Bréfritari: Sigríður Pálsdóttir
Viðtakandi: Páll Pálsson
Dagsetning: A-1869-02-01
Skrifað á: Breiðabólsstað  Rang.
Páll var bróðir Sigríðar

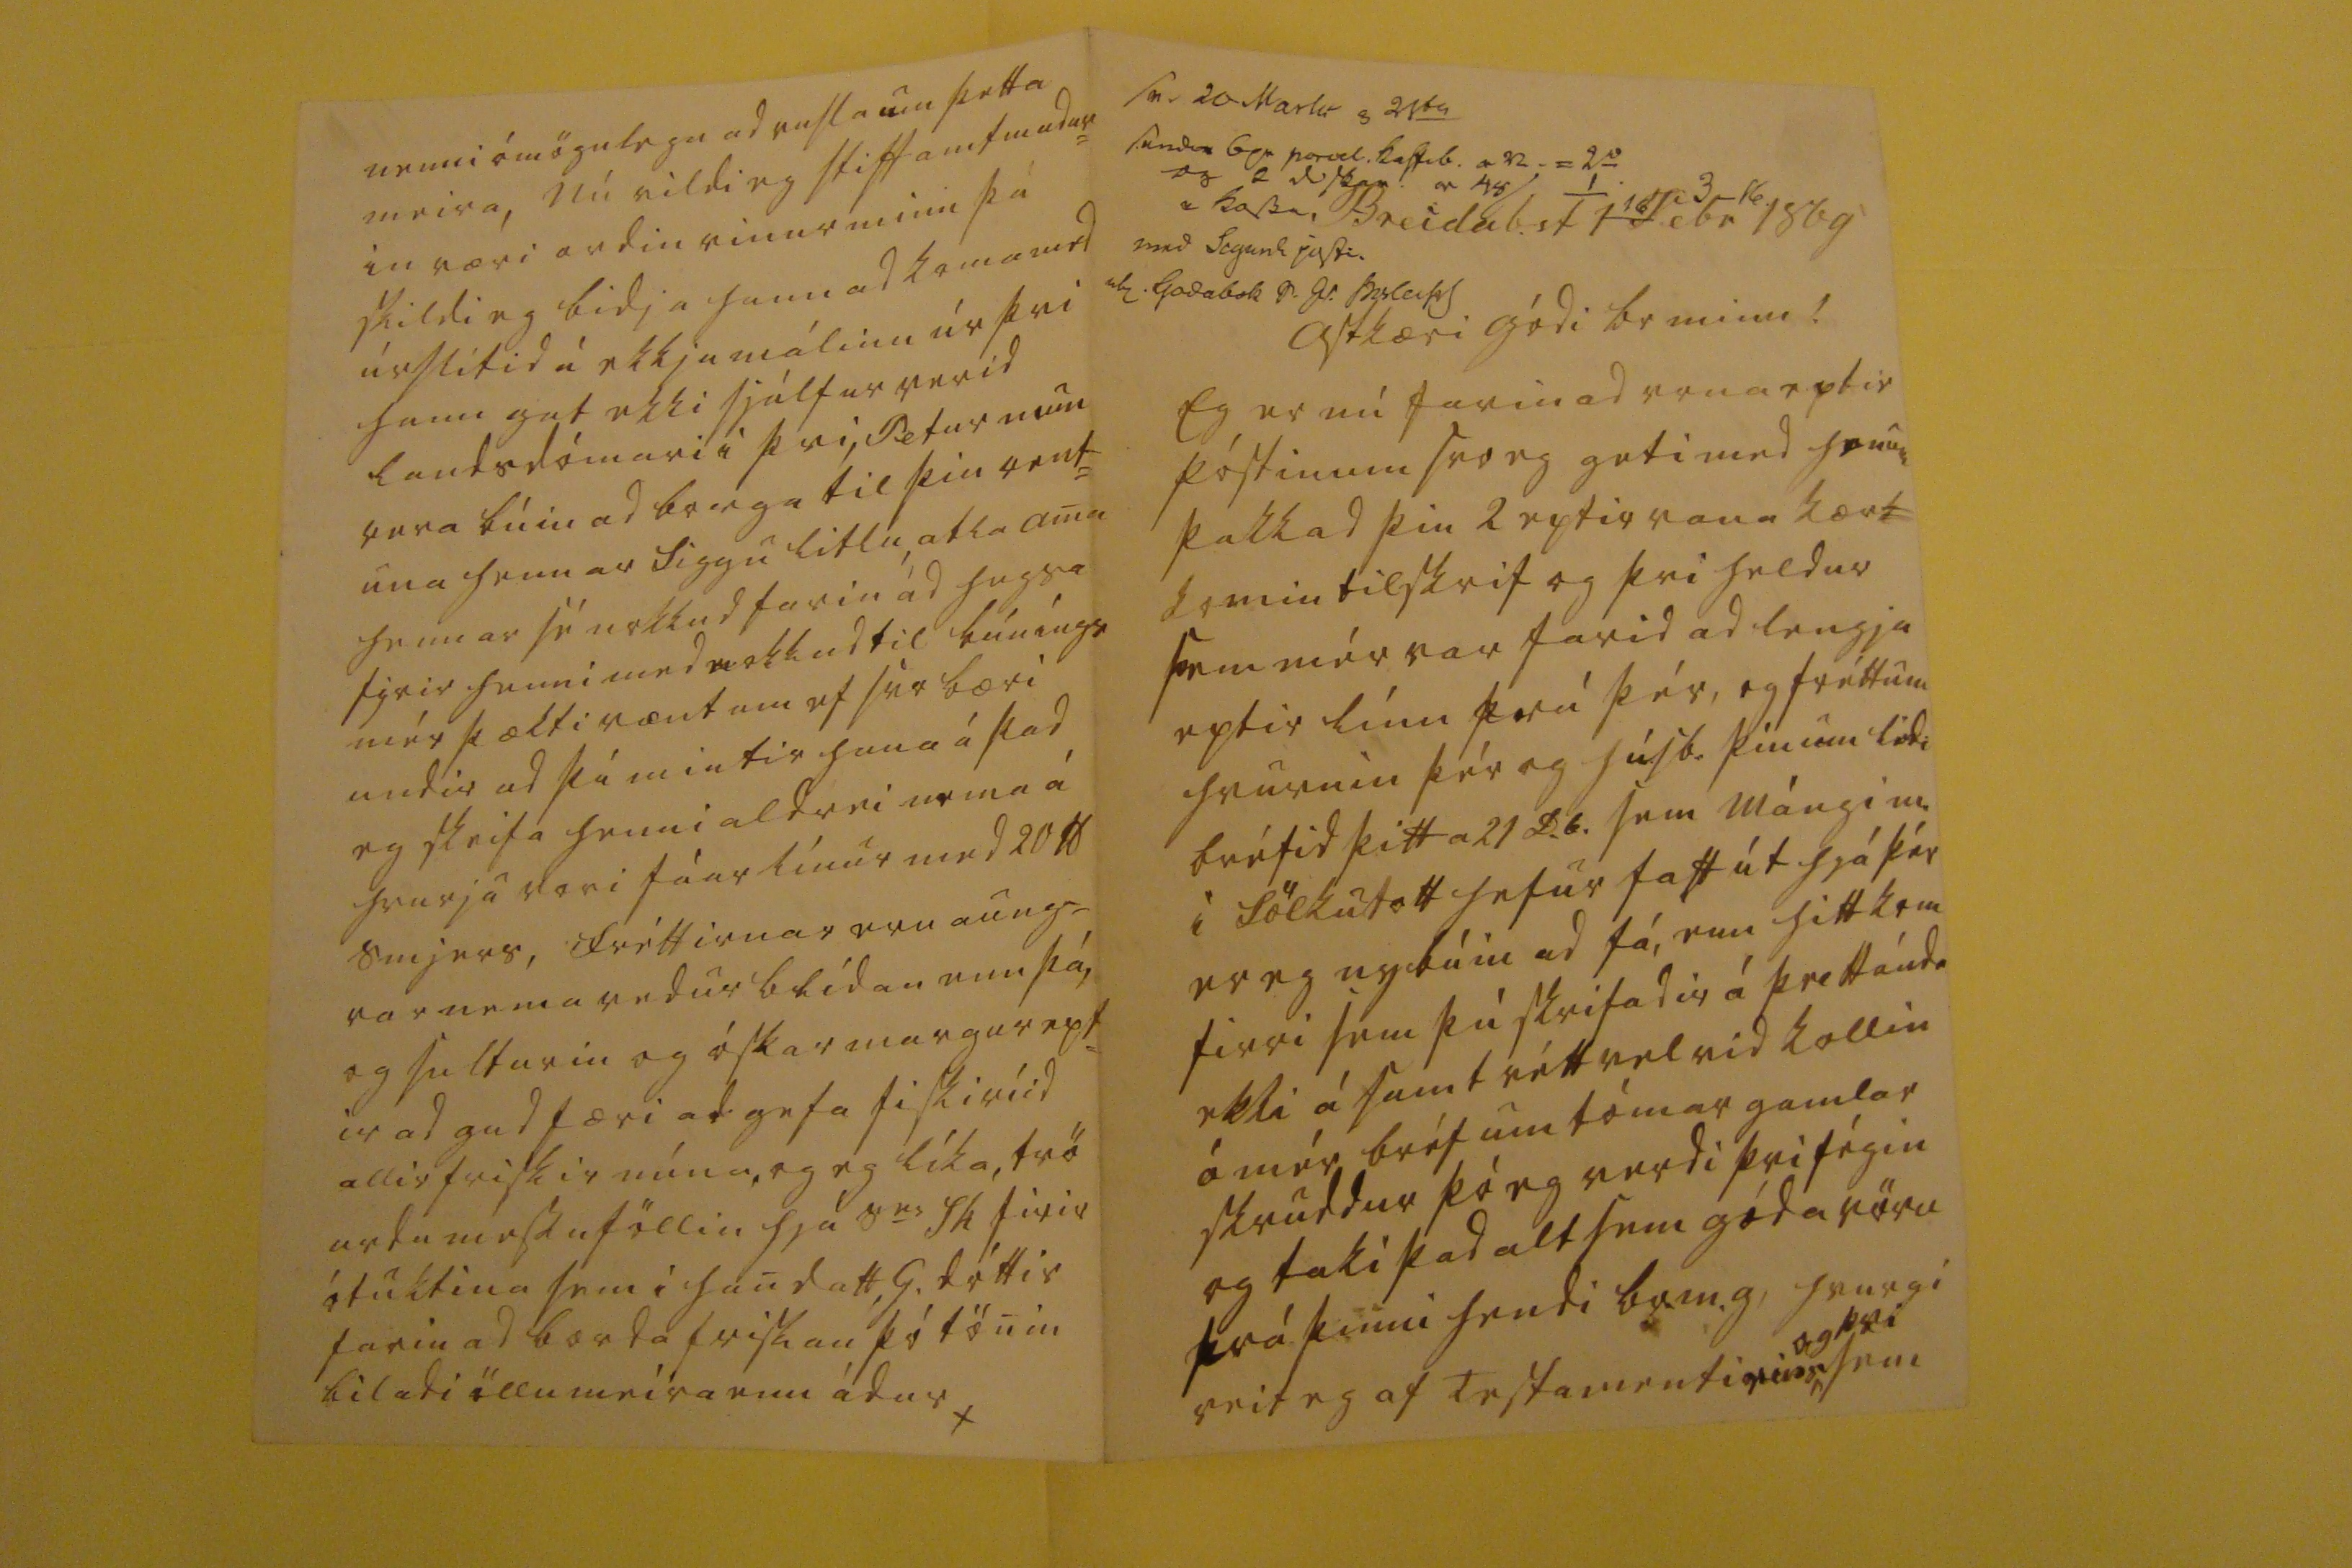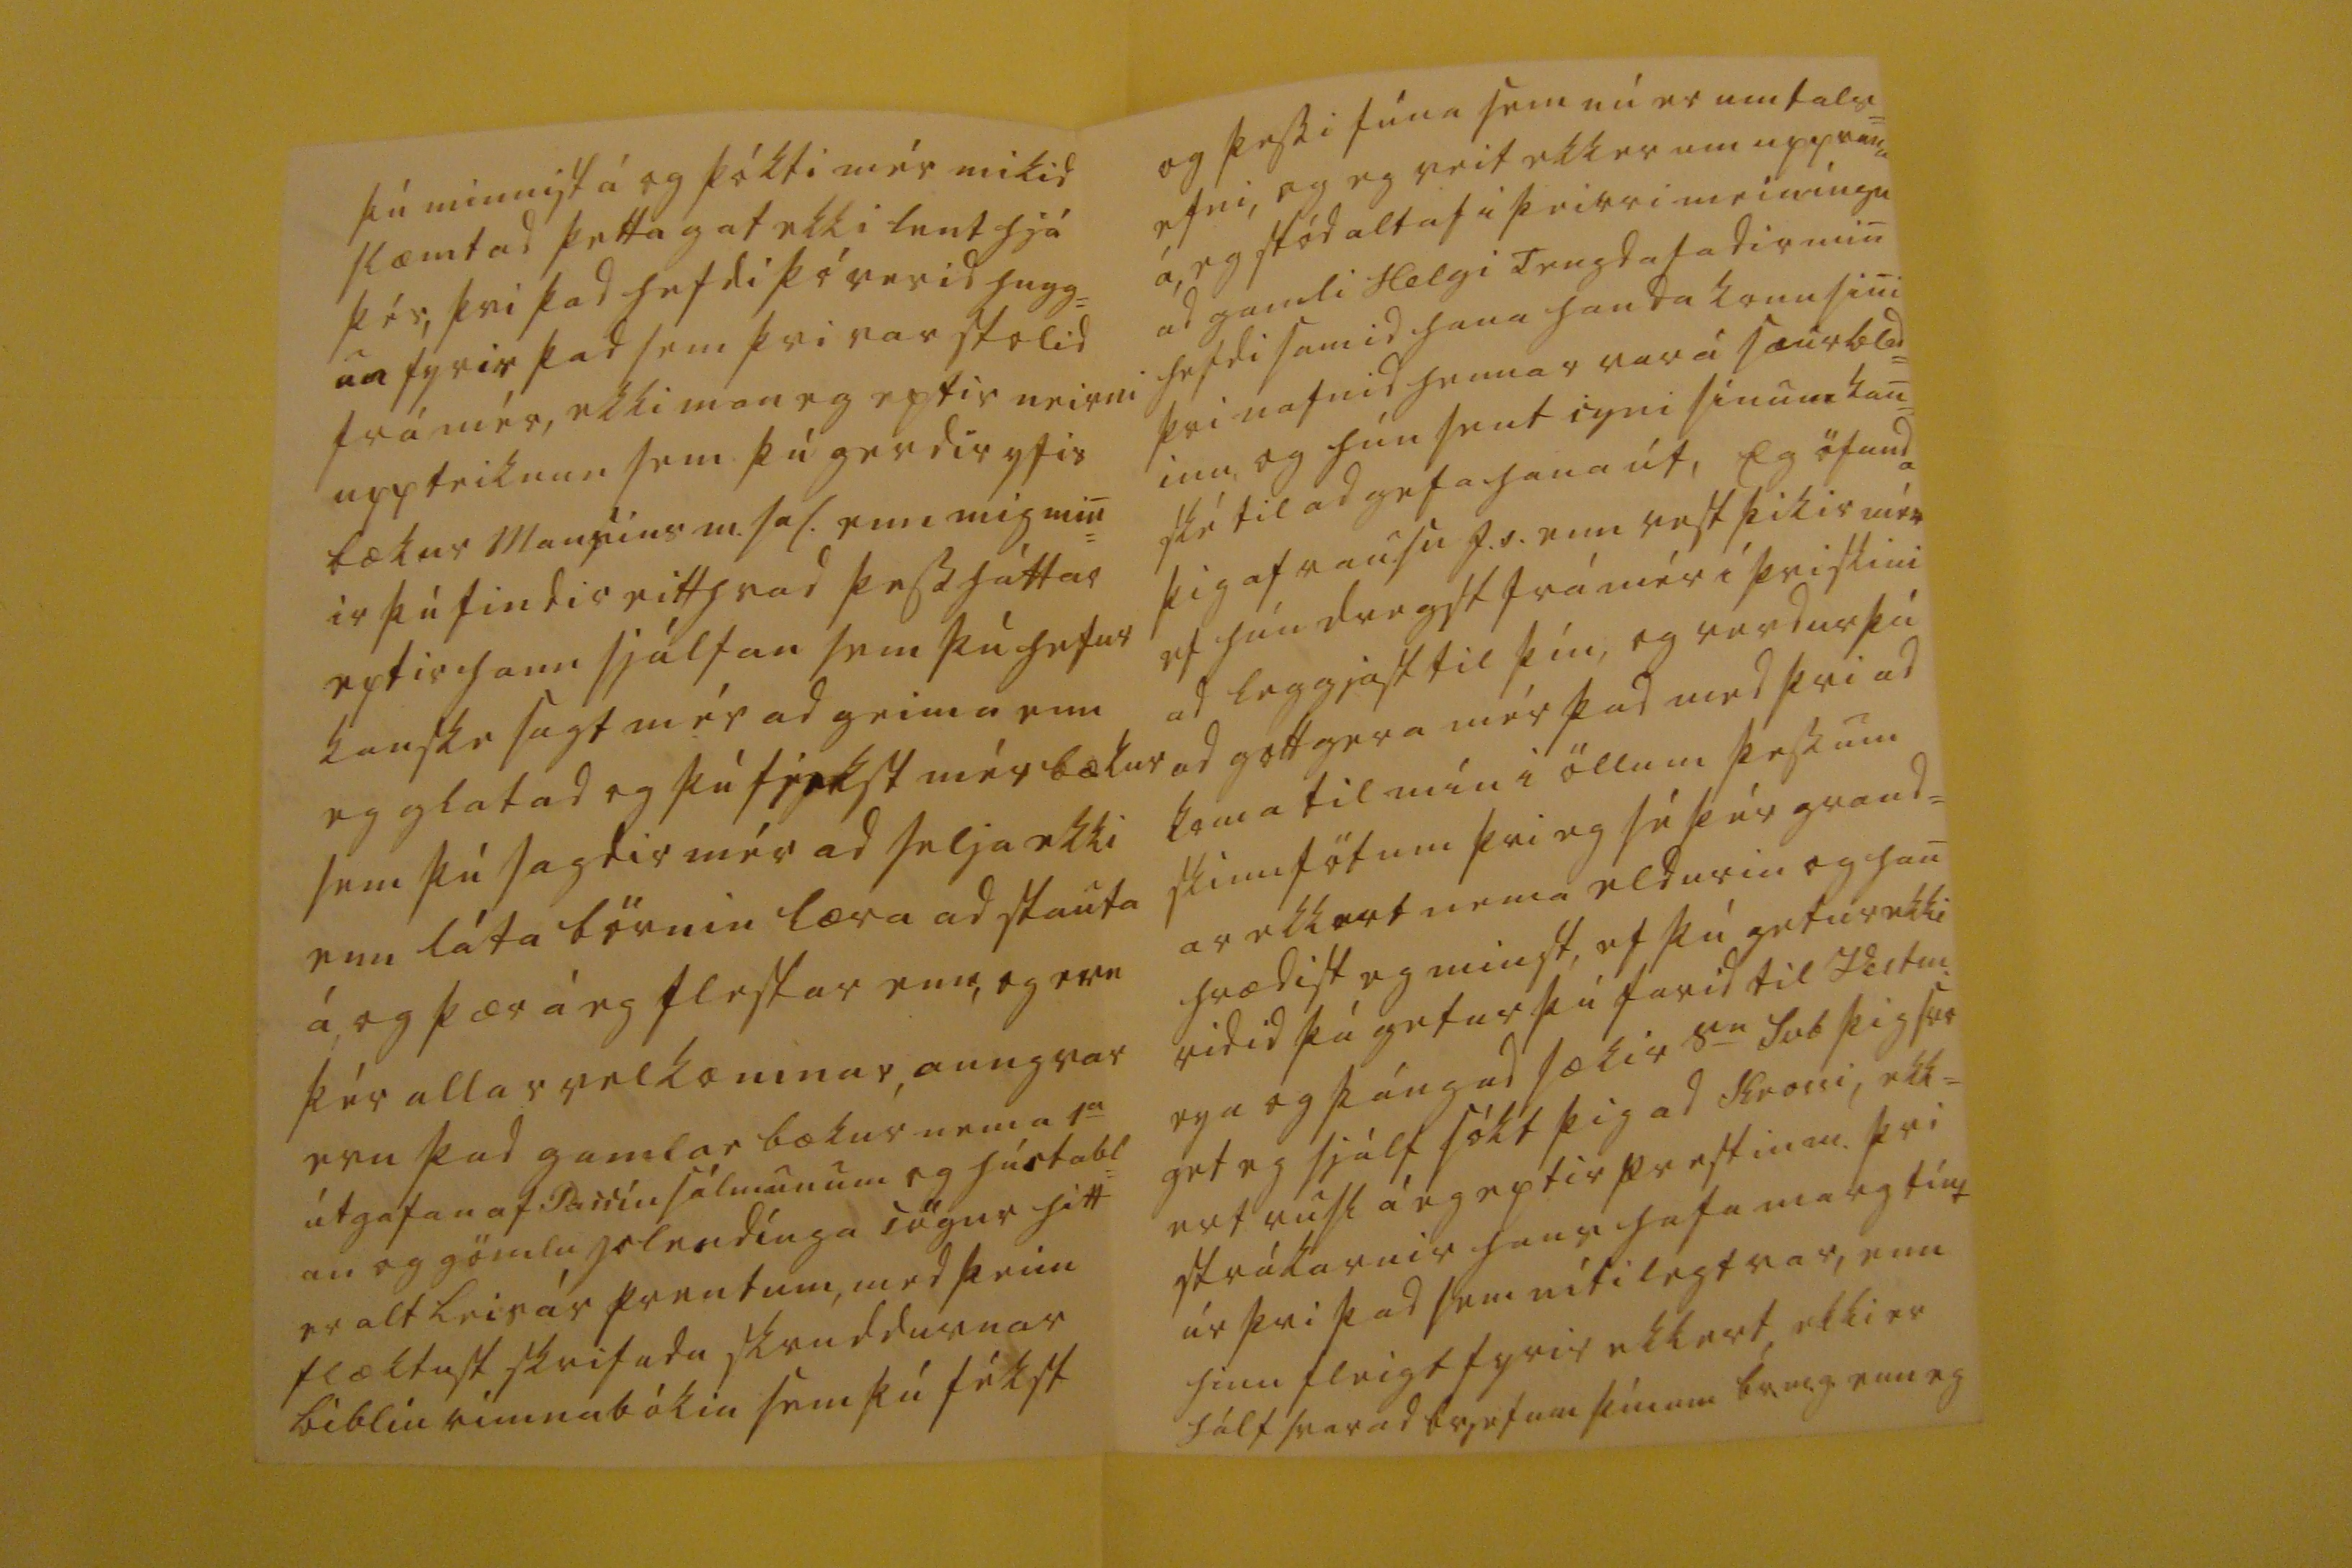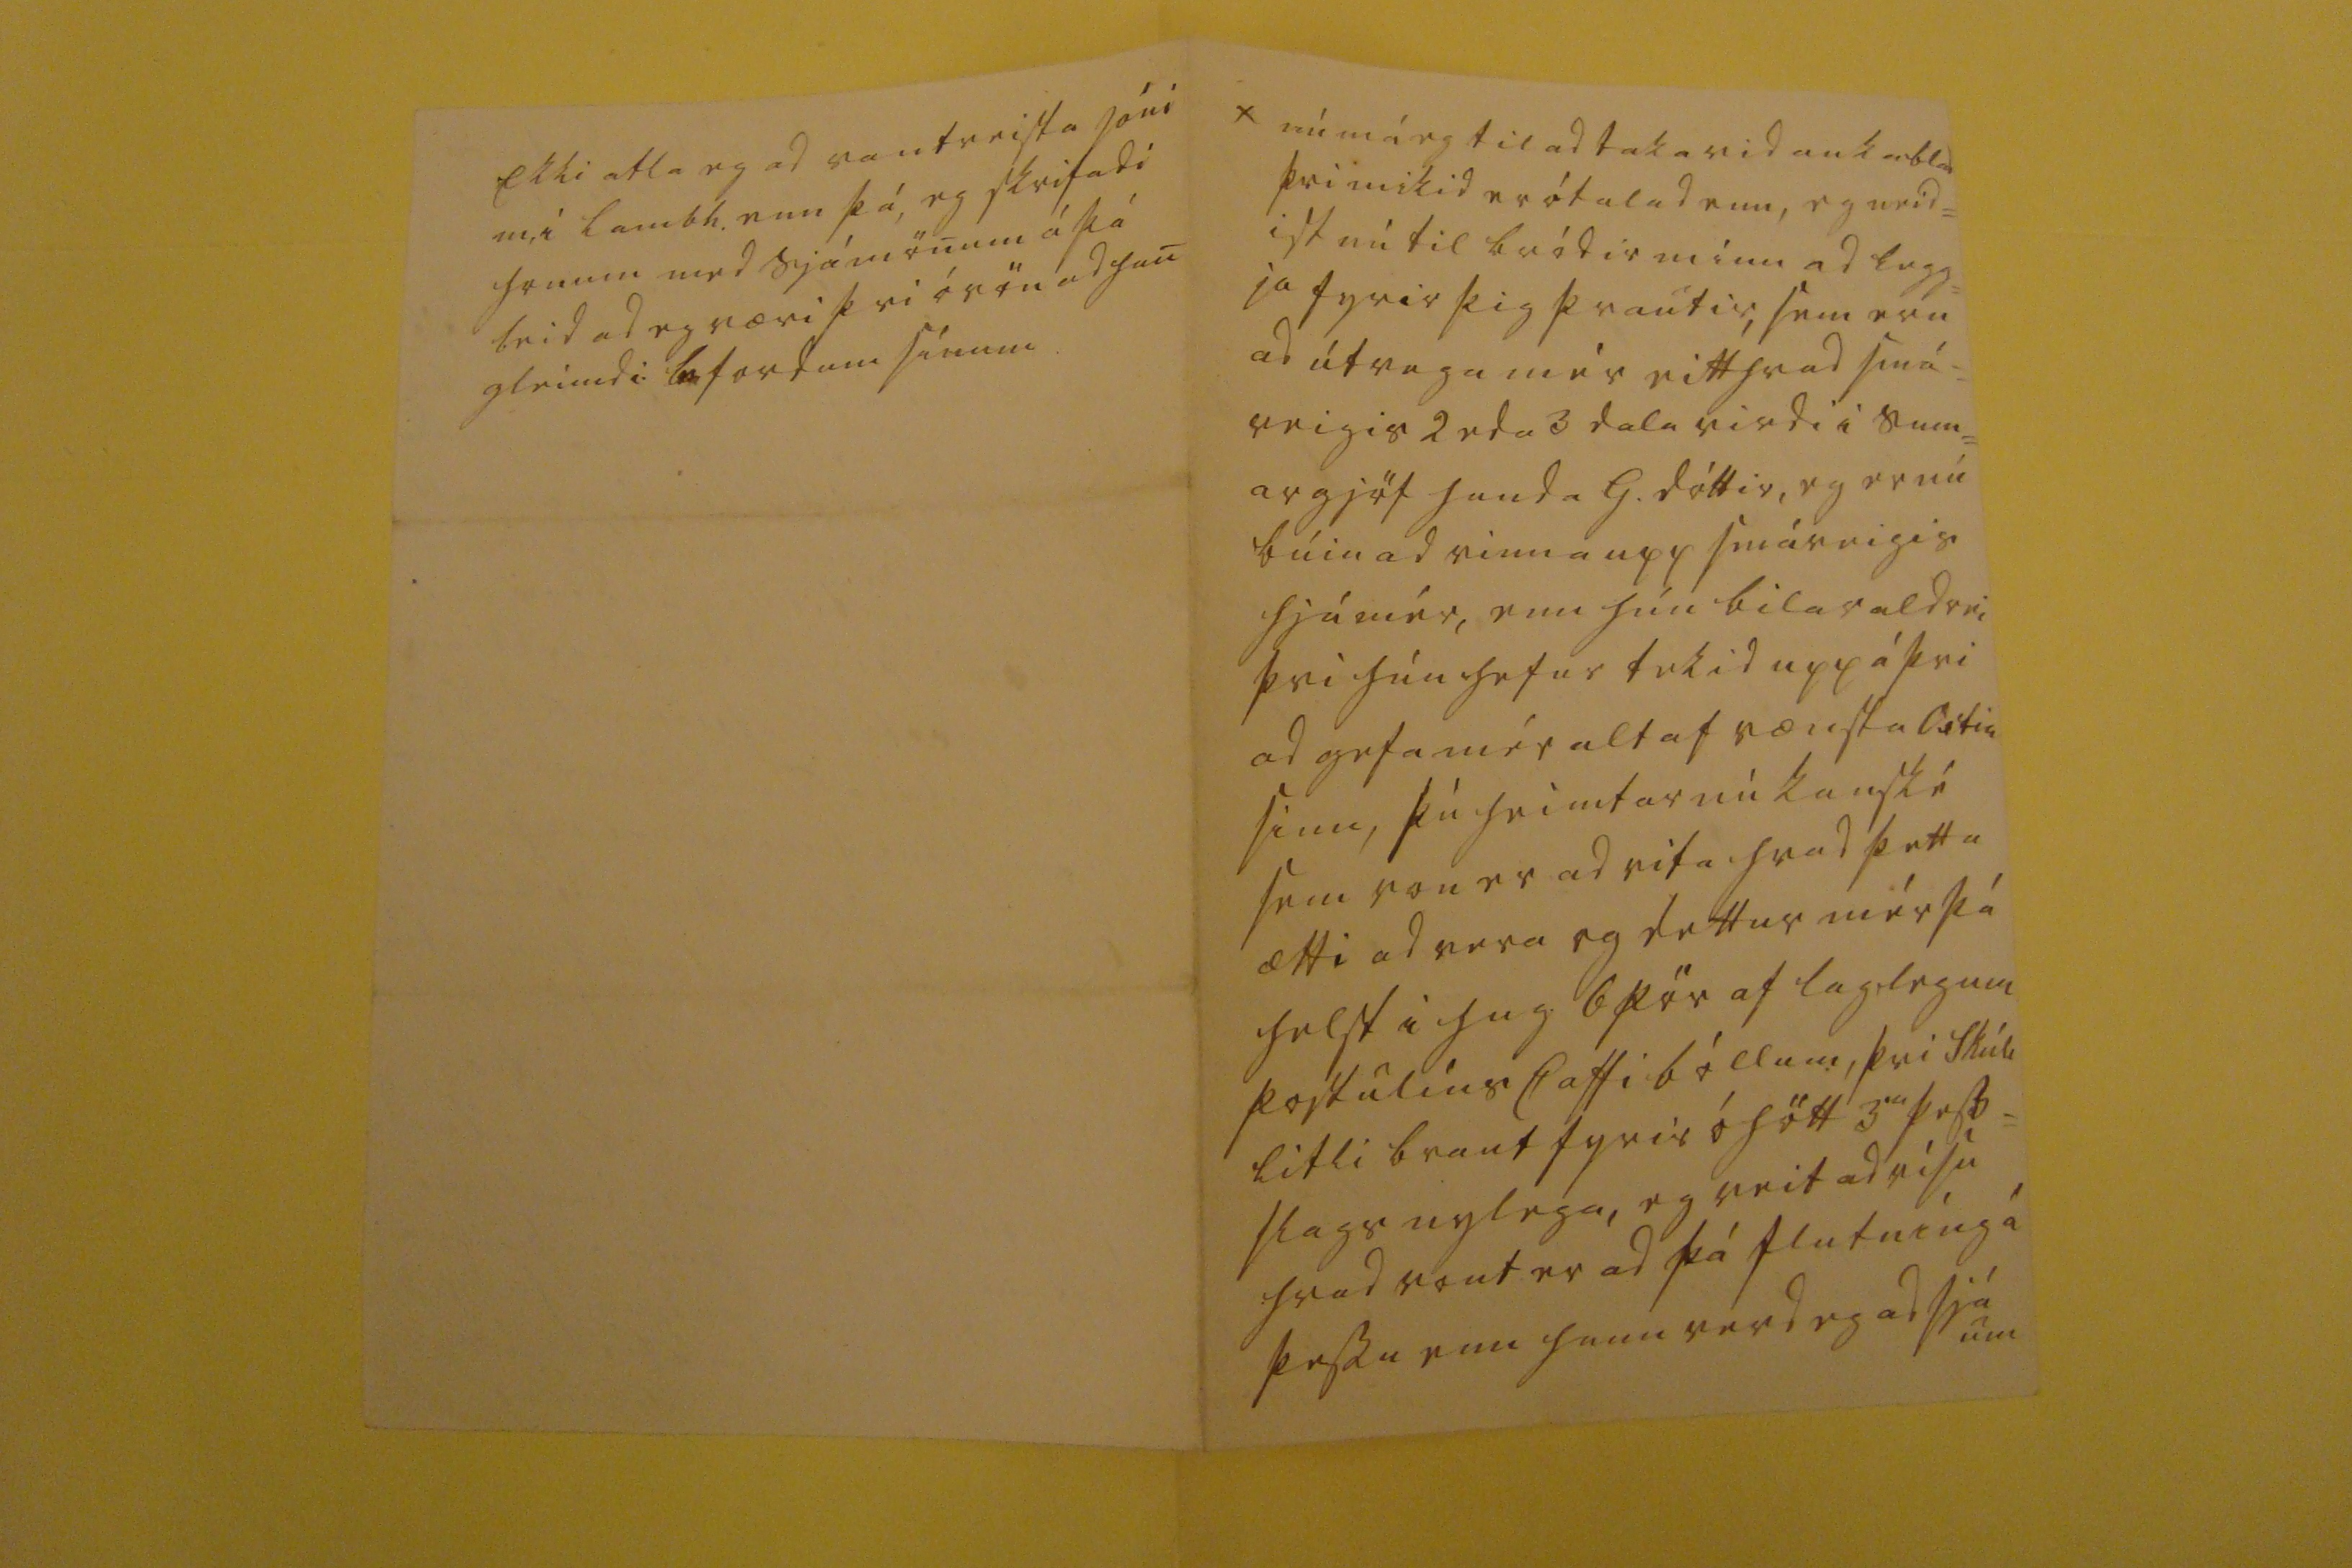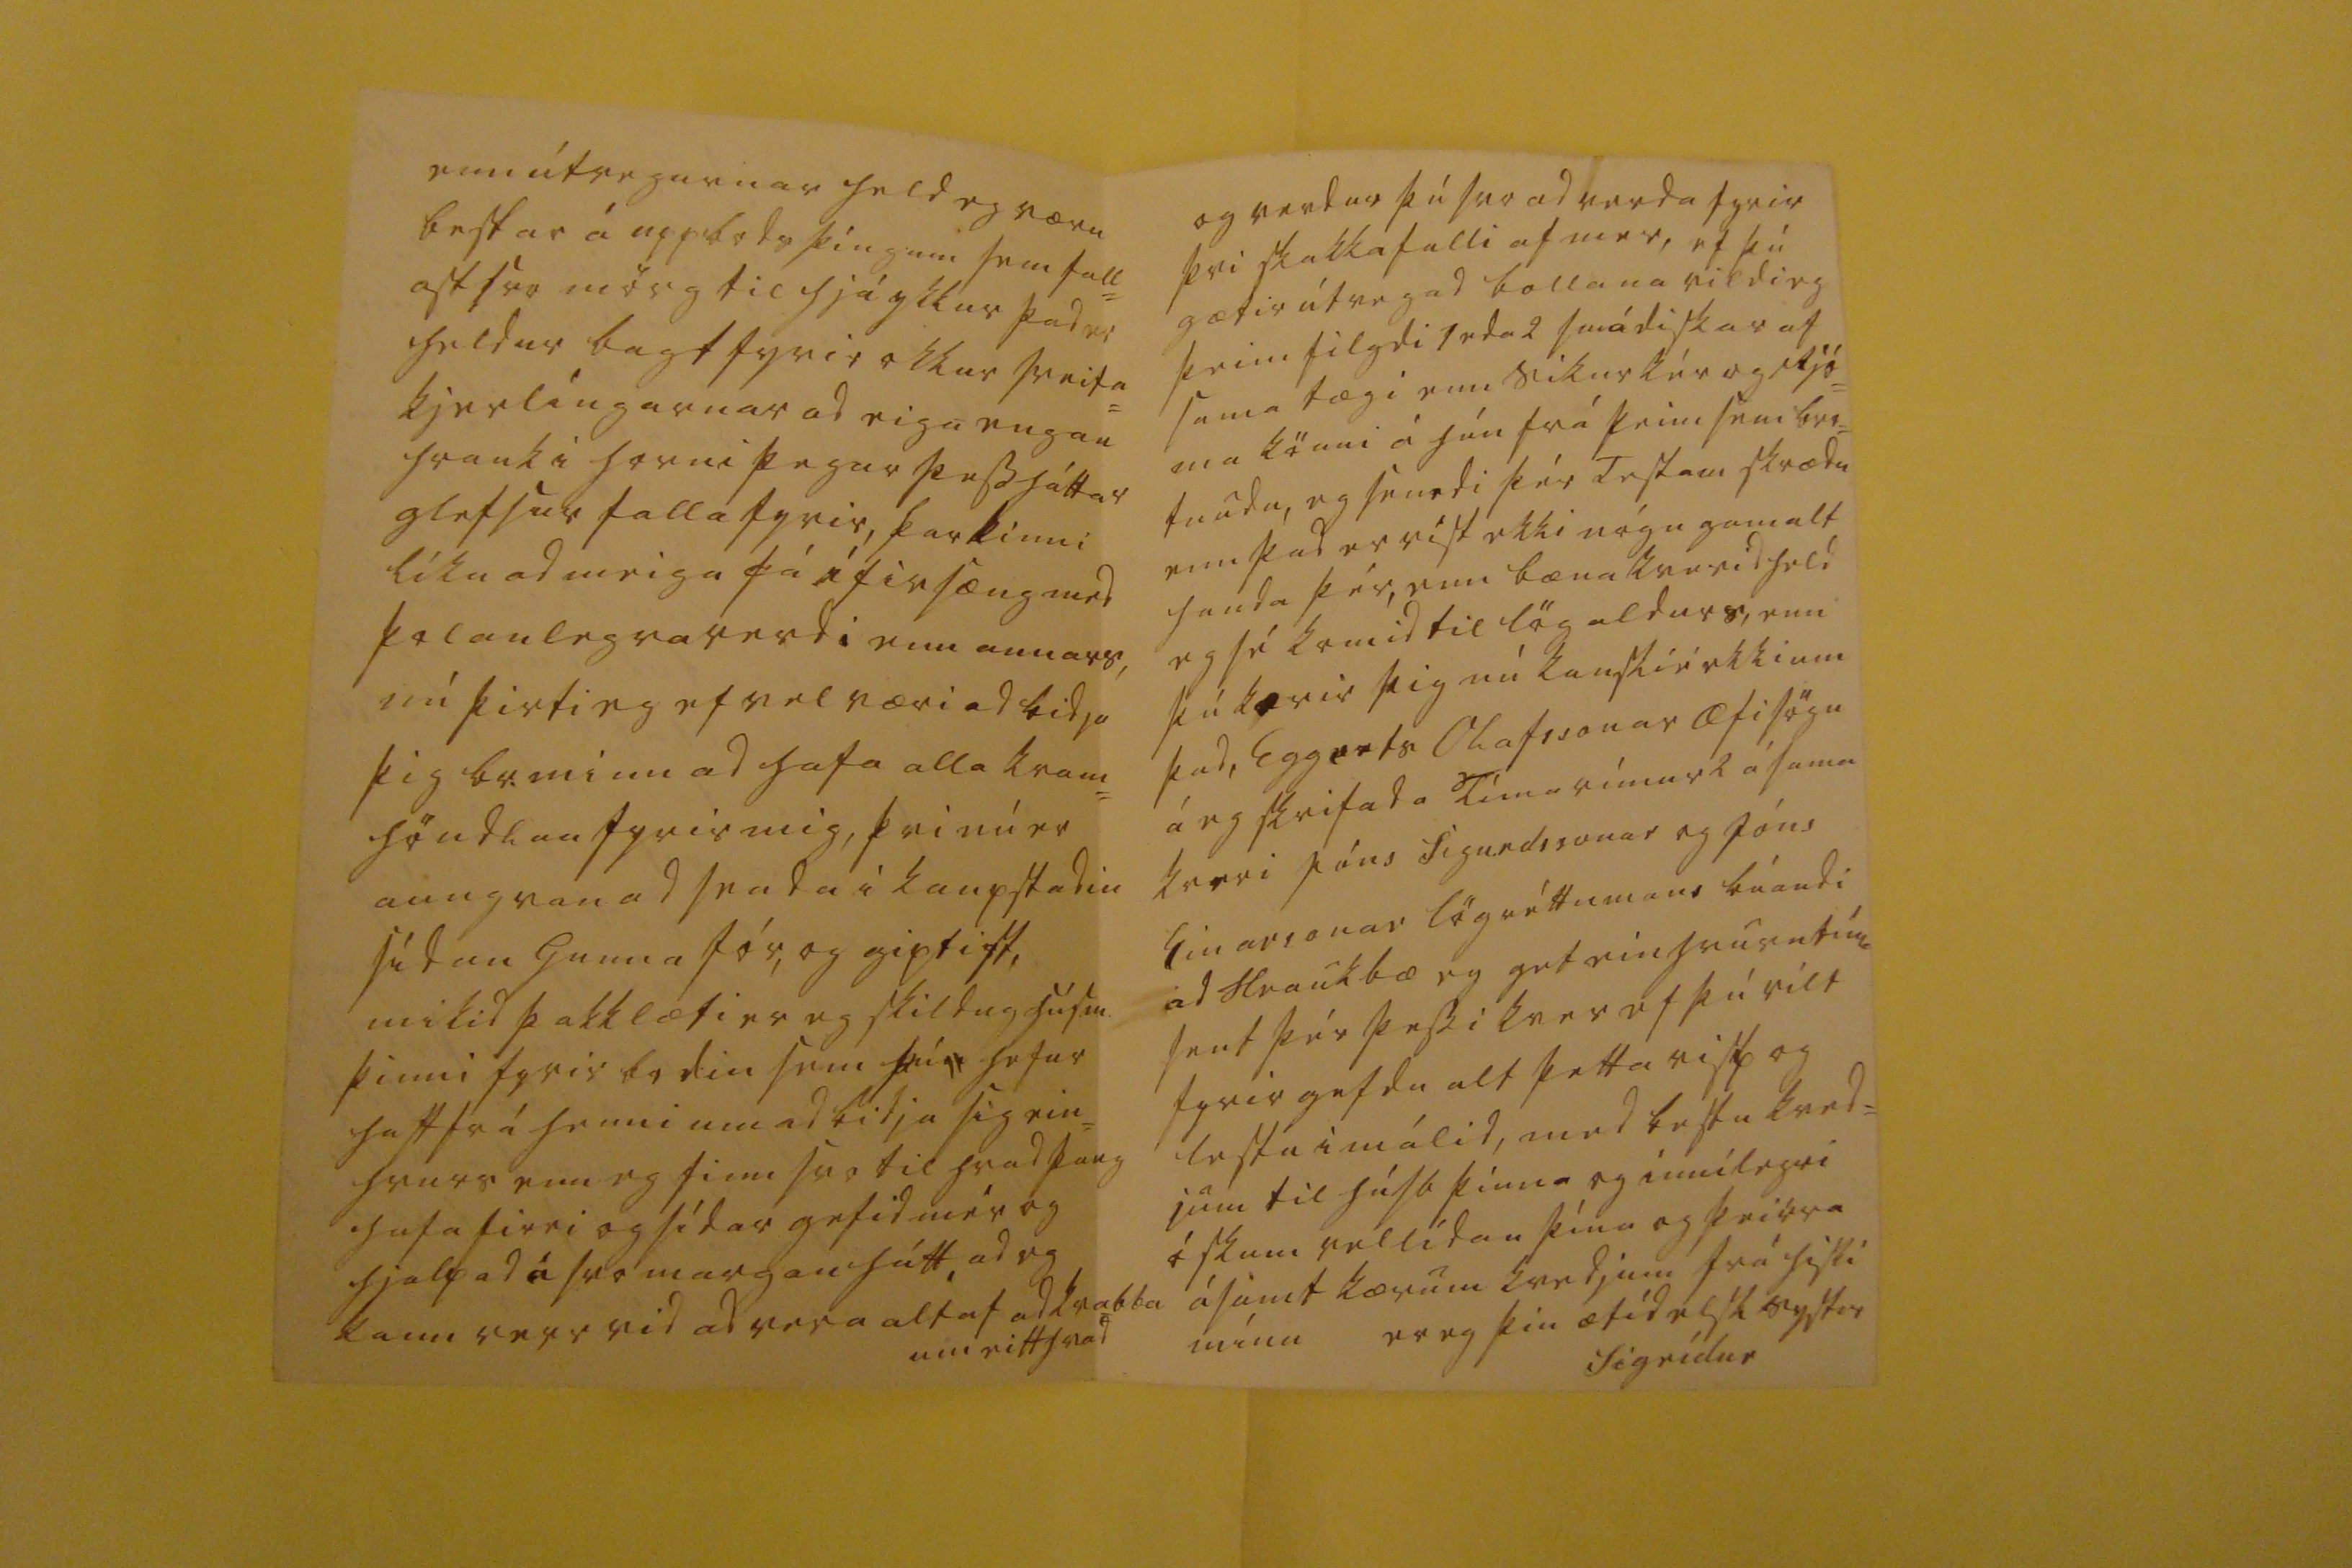

sv. 20 Mars0 0 21
ta
send0 60 norvel. kaffib. 0 32 _ = 20 og 2 d skar er 48 1_ 3-16. i kassa med Sigurdi jy0ti 00 Godabok s. jr. 00sla00
Breidab.st. 1 Febr 1869
ástkæri gódi br minn!
Eg er nú farin ad vona eptir póstinum svo eg geti med honum þakkad þin 2 eptir vana kær= komin tilskrif og þvi heldur sem mér var farid ad lengja eptir línu frá þér, og fréttum hvurnin þér og húsb. þínum lídi bréfid þitt a 21 D.b. sem Mángi m. i Sölkutóft hefur
fast
út hjá þér er eg nybúin ad fá, enn hitt kom firri sem þú skrifadir á þrettánda ekki á samt rétt vel vid kollin á mér, bréf um tómar gamlar skruddur þó eg verdi þvi fégin og taki þad alt sem góda vöru frá þinni hendi br.m.g, hvurgi veit eg af Testamenti eins
og þvi
sem
þú minnist á og þókti mér mikid slæmt ad þetta gat ekki lent hjá þér, þvi þad hefdi þó verid hugg= un fyrir þad sem þvi var stolid frá mér, ekki man eg eptir neirni uppteiknun sem þú gerdir yfir bækur mansíns m. sal. enn mig min= ir þú findir eitthvad þess háttar eptir hann sjálfan sem þú hefur kanske sagt mér ad geima enn eg glatad og þú fjekst mér bækur sem þú sagdir mér ad selja ekki enn láta börnin læra ad stauta á, og þær á eg flestar enn, og eru þér allar velkomnar, aungvar eru þad gamlar bækur nema 1s
a
útgafan af Passíu sálmunum og hústabl= an og gömlu islendínga sögur hitt er alt
leisár
prentum, med þeim flæktust skrifudu skruddurnar biblíu rímnabókin sem þú fékst
og þessi fúna sem nú er umtals= efni, og eg veit ekker um uppruna á, eg stód altaf i þeirri meíníngu ad gamli Helgi Tengdafadir min hefdi samid hana handa konu sini þvi nafnid hennar var á
sæurblad=
inu, og hún sent syni sínum kan ské til ad gefa hana út, Eg öfunda þig af rausu J.v. enn vest þikir mér ef hún dregst frá mér í þvi skini ad leggjast til þín, og verdur þú ad gottgera mér þad med þvi ad koma til mín i öllum þessum skinnfötum þvi eg sé þér grand= ar ekkert nema eldurin og han hrædist eg minst, ef þú getur ekki ridid þá getur þú farid til Vestm. eya og þángad sækir s
er
Svb þig svo get eg sjálf sókt þig ad Krossi, ekk= ert rusl á eg eptir prestin m. þvi strákarnir hans hafa margtínt úr þvi þad sem nítilegt var, enn hinu fleigt fyrir ekkert, ekki er hálfsvarad brjefum þínum br.m.g. enn eg
nenni ómögulega ad rusla um þetta meira, Nú vildi eg stiftamtmadur= in væri ordin vinur minn þá skildi eg bidja hann ad koma med úrslítid á ekkjumálinu úr þvi hann gat ekki sjálfur verid landsdómari i þvi, Petur mun vera búin ad borga til þin rent= una hennar Siggu litlu, atla ama hennar sé nokkud farin ad hugsa fyrir henni med nokkud til kúnings mér þækti vænt um ef svo bæri undir ad þú mintir hana á þad eg skrifa henni aldrei nema á hvurju vori fáar línur med 20 lb smjers, fréttirnar eru aung= var nema vedurblídan enn þá, og sulturin og óskar margur ept= ir ad gud færi ads gefa fiskiríid allir friskir núna, og eg líka, tvö urdu messuföllin hjá s
er
Sk firir ótuktina sem i han datt, G. dóttir farin ad borda friskan þó tönin biladi öllu meira enn ádur x
x nú má eg til ad taka vid aukablad þvi mikid er ótalad enn, eg neid= ist nú til bródir minn ad legg= ja fyrir þig þrautir, sem eru ad útvega mér eitthvad smá= veigis 2 eda 3 dala virdi i sum= argjöf handa G. dóttir, eg er nú búin ad vinna upp smáveigis hjá mér, enn hún bilar aldrei þvi hún hefur tekid upp á þvi ad gefa mér altaf vænsta ostin sinn, þú heimtar nú kanské sem von er ad vita hvad þetta ætti ad vera og dettur mér þá helst i hug 6 pör af laglegum postulíns Caffi bóllum, þvi Skúli litli braut fyrir óhött 3
ia
þess= slags nylega, eg veit ad vísu hvad vont er ad fá flutníng á þessu enn hann verd eg ad sjá um
enn útvegurnar held eg væru bestar á uppbodsþíngum sem fall= ast svo mörg til hjá ykkur þad er heldur bagt fyrir okkur sveita= kjerlíngarnar ad eiga engan hrauk i horni þegar þessháttar glefsur falla fyrir, þar kinni líka ad meiga fá ífirsæng med þolanlegra verdi enn annars, nú þirti eg ef vel væri ad bidja þig br. minn ad hafa alla kram= höndlun fyrir mig, þvi nú er aungvan ad snada i kaupstadin sídan gunna fór, og giptist, mikid þakklæti er eg skildug husm. þinni fyrir bodin sem þú hefur haft frá henni um ad bidja sig ein= hvurs enn eg finn svo til hvad þaug hafa firri og sídar gefid mér og hjalpad á svo margan h átt, ad eg kann verr vid ad vera altaf ad kvabba um eitthvad
og verdur þú svo ad verda fyrir þvi skakkafalli af mer, ef þú gætir útvegad bollana vildi eg þeim filgdi 1 eda 2 smádiskar af sama tægi enn sikurkér og Rjó= ma könni á hún frá þeim sem bro= tnudu, eg sendi þér Testam skrædu enn þad er víst ekki nógu gamalt handa þér, enn bænakverid held eg sé komid til lög aldurs, enn þú kærir þig nú kanskié ekki um þad, Eggerts Olafssonar æfisögu á eg skrifada Tímarímur 2 á sama kveri Jóns Sigurdssonar og Jóns Einarsonar lögréttumans búandi ad Hraukbæ ey get einhvurntíma sent þér þessi kver ef þú vilt fyrir gefdu alt þetta risp og lestu i málid, med bestu kved= jum til húsb þinna og innilegri óskum vellídan þína og þeirra ásamt kærum kvedjum frá hiski mínu
er eg þín ætíd elsk systir
Sigrídur
Ekki atla eg ad vantreista Jóni m. i Lamb. enn þá, eg skrifadi honum med sjómönum á þá leid ad eg væri þvi óvön ad han gleimdi
l0
fordum sínum